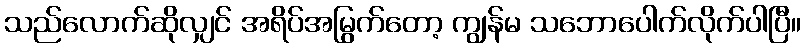
သည်လောက်ဆိုလျှင် အရိပ်အမြွက်တော့ ကျွန်မ သဘောပေါက်လိုက်ပါပြီ။